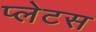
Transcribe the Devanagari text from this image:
प्लेटस